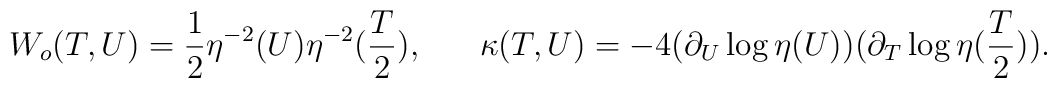
W_o (T, U) = \frac{1}{2}\eta^{-2}(U) \eta^{-2}(\frac{T}{2}),\;\;\;\;\;\;\kappa(T, U) = - 4 (\partial_U \log \eta(U))(\partial_T \log \eta(\frac{T}{2})).